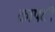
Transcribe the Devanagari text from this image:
क्राफ़्टी